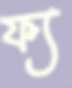
ফ্য